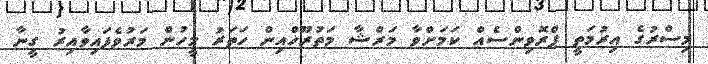
މިސްރުގެ އިރުމަތީ ޕްރޮވިންސެއް ކަމަށްވާ މަރްޝާ މަތުރޫހްއިން ހަތަރު މީހުން މަރުވެފައިވާއިރު ގީނާ